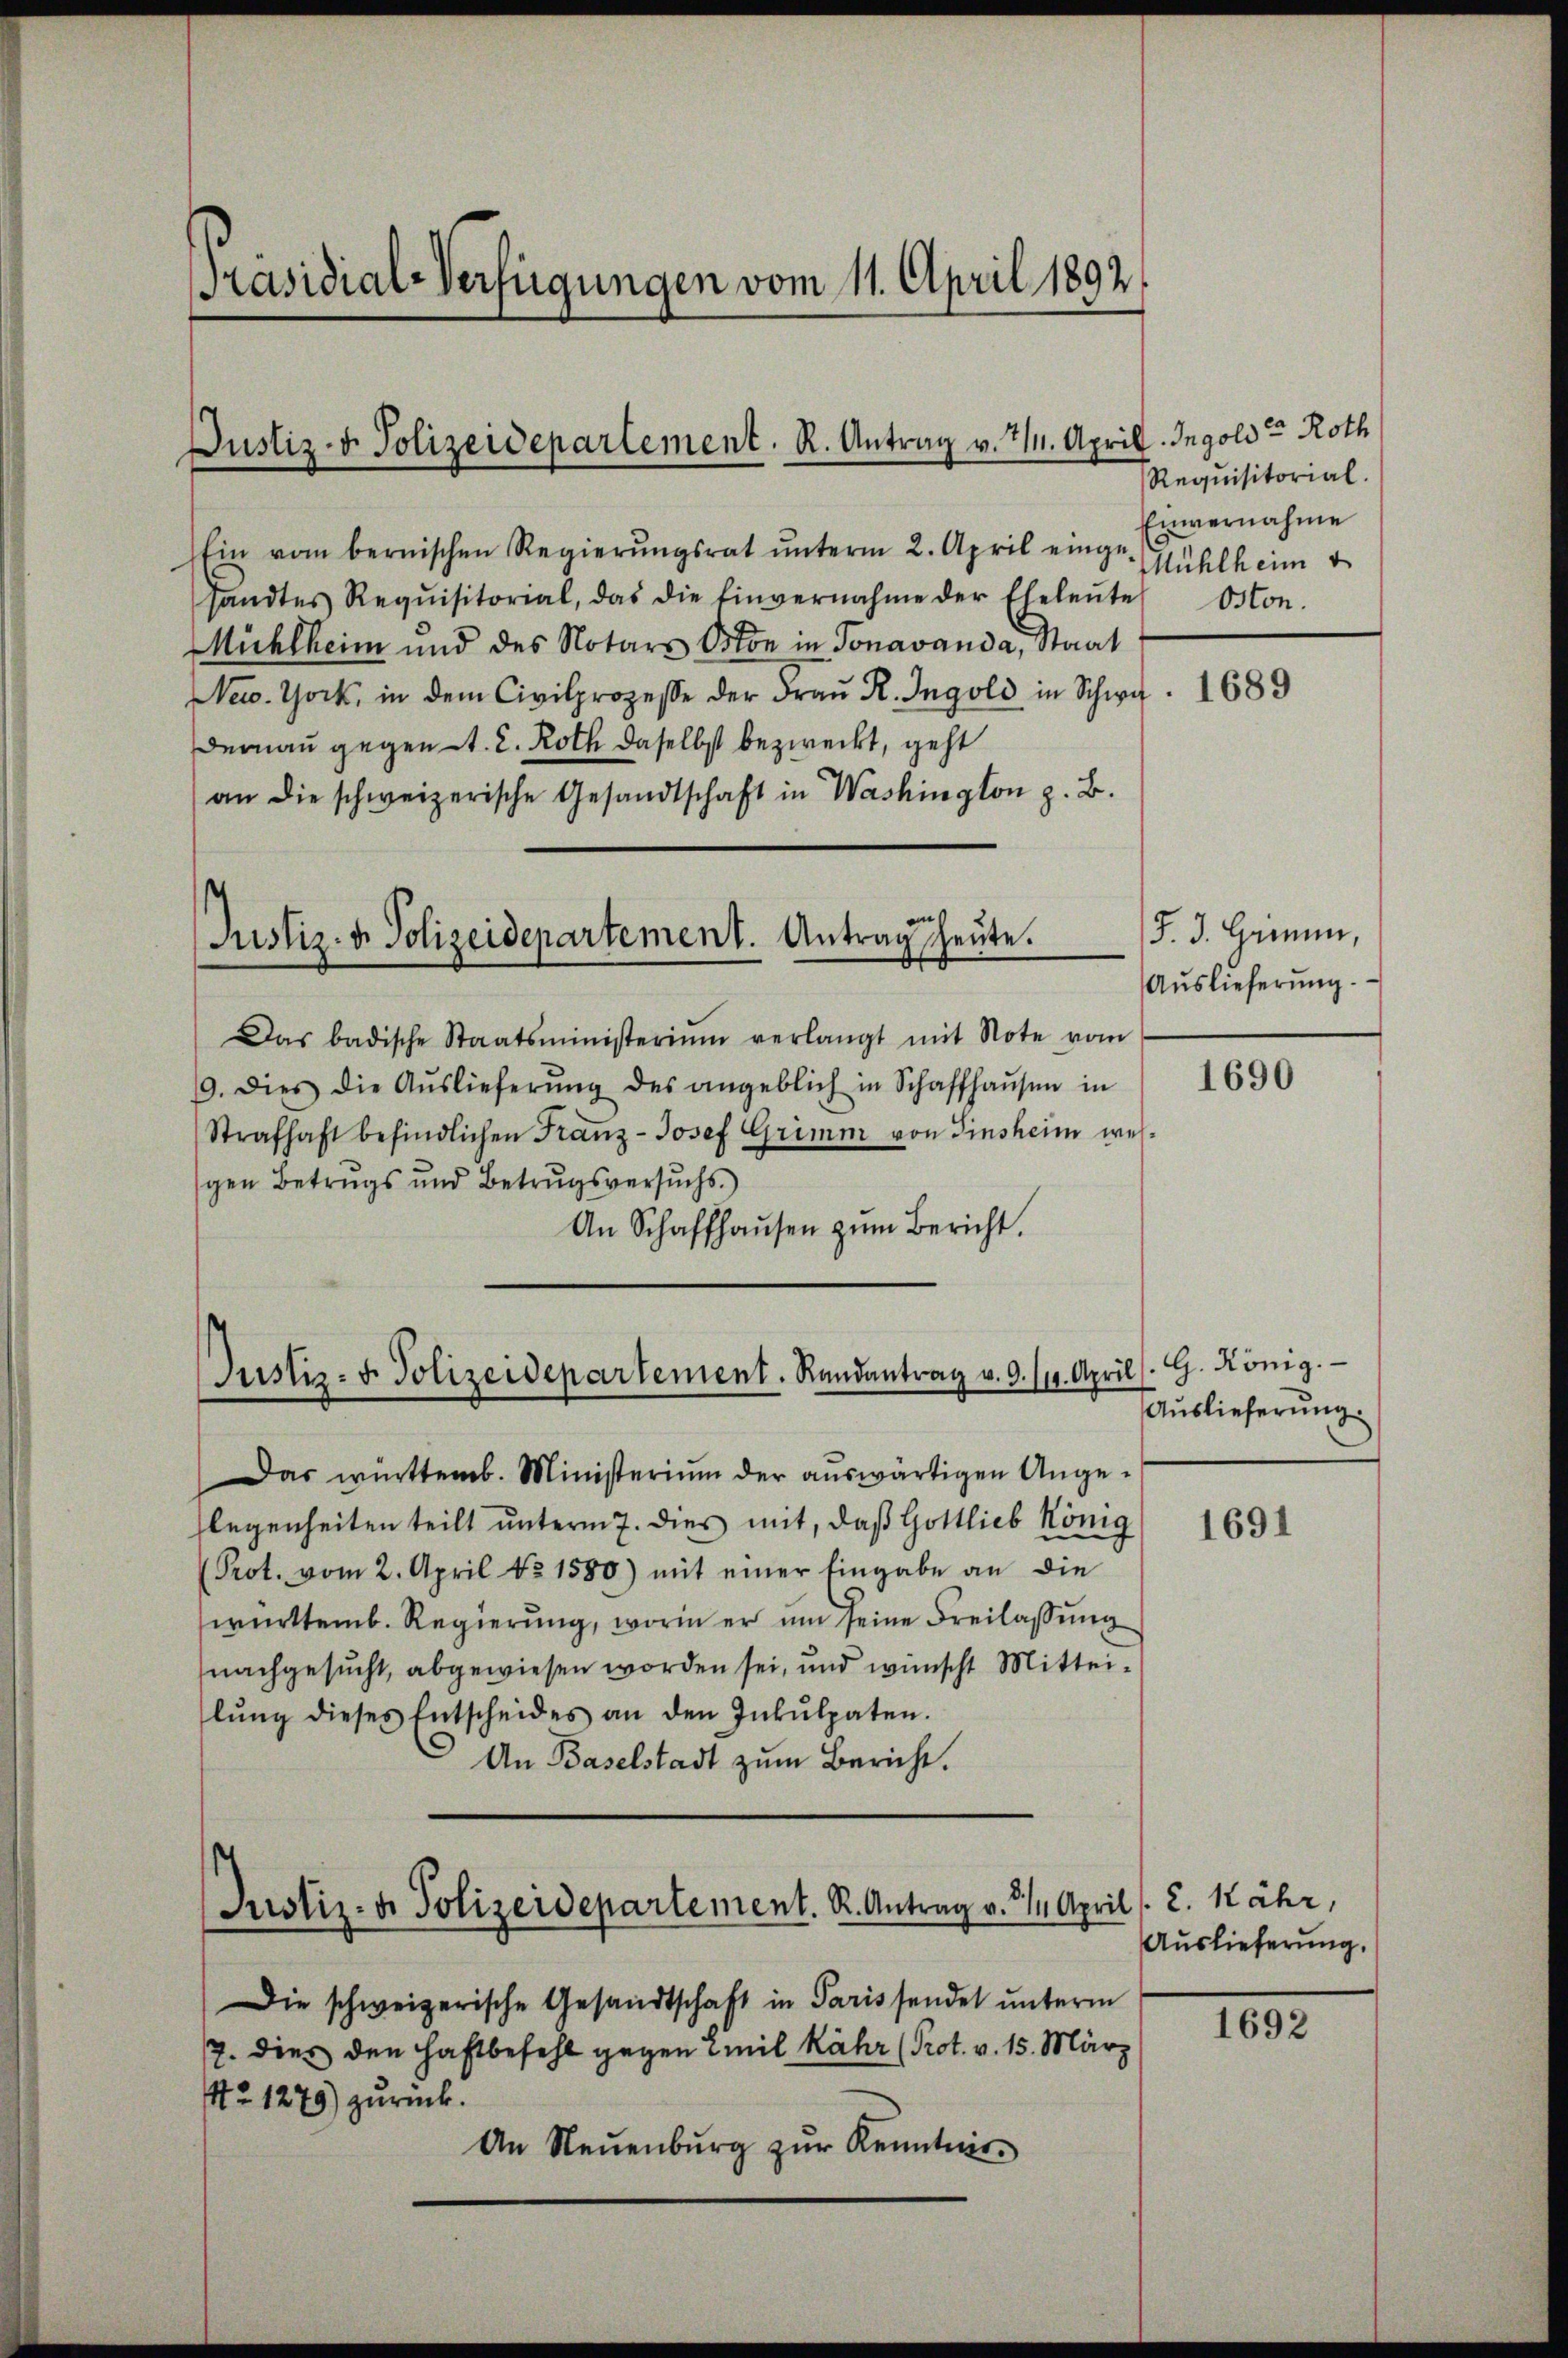
Präsidial-Verfügungen vom 11. April 1892

Justiz- & Polizeidepartement. R. Antrag v. 7. April

Justiz- & Polizeidepartement. Antrag heute.

Ein vom bernischen Regierŭngsrat ŭnterm 2. April einge-Mühlheim
sandtes Requisitorial, das die Einvernahme der Eheleŭte
Mühlheim und des Notars Oston in Tonavanda, Staat
New York, in dem Civilprozesse der Fraŭ R. Ingold in Schw. 1689
Dernau gegen 1. 2. Roth daselbst bezweckt, geht
an die schweizerische Gesandtschaft in Washington z. B.
Das badische Staatsministerium verlangt mit Note vom
19. Dies die Aŭslieferŭng des angeblich in Schaffhaŭsen in " 1690
Strafhaft befindlichen Franz-Josef Grimm von Zinsheim wesgen Betrugs und Betrugsversuchs.
An Schaffhaŭsen zŭm Bericht.

Justiz- u. Polizeidepartement. Randantrag v. 9. 111. April

Das württemb. Ministerium der auswärtigen Angelegenheiten teilt unterm 7. dies mit, daß Gottlieb König
Prot. vom 2. April No 1580) mit einer Eingabe an die
württemb. Regierung, worin er um seine Freilassung
nachgesucht, abgewiesen worden sei, und wünscht Mitteilŭng dieses Entscheides an den Inkulpaten.
An Baselstadt zum Bericht.

Justiz- & Polizeidepartement. R. Antrag v. 3. April (2. Nähr,

Die schweizerische Gesandtschaft in Parissendet unterm
7. dies den Haftbefehl gegen Emil Kähr (Prot. v. 15. März
Ao. 1279) zurück.
An Neuenburg zur Kenntnis

Ingold Roth
Requisitorial
Einvernahme
Oston.

§. 3. Grimm,
Auslieferung.

G. König.
Auslieferung.

1691

Auslieferung.

1692